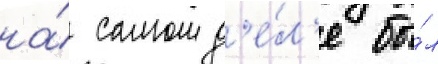
на́ самом д'е́л'е бы́л